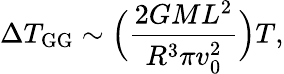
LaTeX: \Delta T_{\mathrm{GG}}\sim\Bigl(\frac{2GML^{2}}{R^{3}\pi v_{0}^{2}}\Bigr)T,